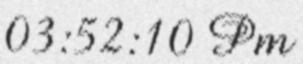
03:52:10 Pm